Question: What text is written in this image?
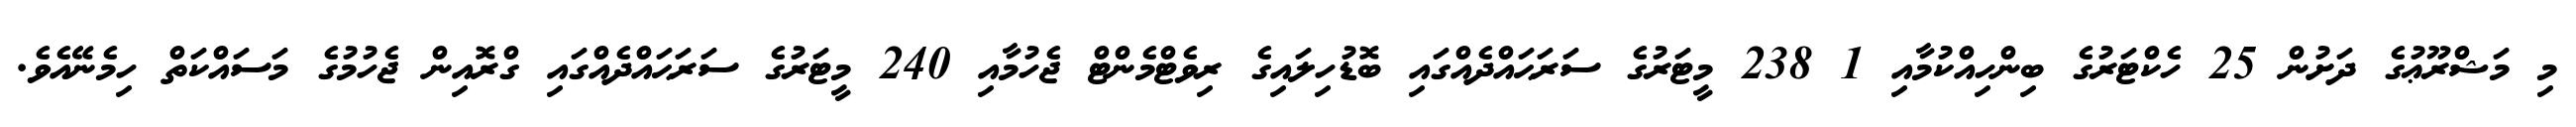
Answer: މި މަޝްރޫޢުގެ ދަށުން 25 ހެކްޓަރުގެ ބިންހިއްކުމާއި 1 238 މީޓަރުގެ ސަރަޙައްދެއްގައި ބޮޑުހިލައިގެ ރިވެޓްމެންޓް ޖެހުމާއި 240 މީޓަރުގެ ސަރަޙައްދެއްގައި ގްރޮއިން ޖެހުމުގެ މަސައްކަތް ހިމެނޭއެވެ.